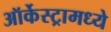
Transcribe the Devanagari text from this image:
ऑर्केस्ट्रामध्ये